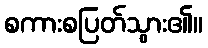
စကားစပြတ်သွား၏။